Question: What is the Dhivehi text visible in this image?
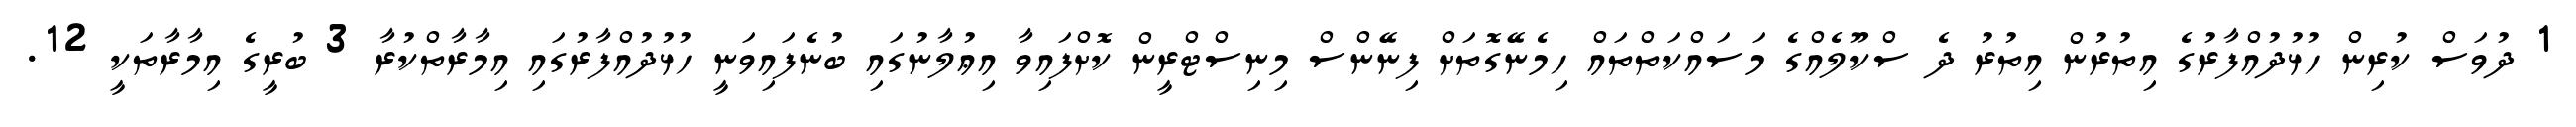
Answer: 1 ދުވަސް ކުރިން ހުޅުދުއްފާރުގެ އިތުރުން އިތުރު ދެ ސްކޫލެއްގެ މަސައްކަތްތައް ހިމެނޭގޮތަށް ފިނޭންސް މިނިސްޓްރީން ކޮށްފައިވާ އިޢުލާނުގައި ބުނެފައިވަނީ ހުޅުދުއްފާރުގައި އިމާރާތްކުރާ 3 ބުރީގެ އިމާރާތަކީ 12.